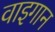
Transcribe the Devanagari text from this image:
वाइगान